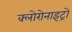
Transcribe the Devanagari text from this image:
क्लोरोनाइट्रो